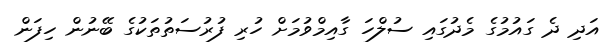
އަދި ދެ ގައުމުގެ މެދުގައި ސުލްހަ ގާއިމްވުމަށް ހުރި ފުރުސަތުތަކުގެ ބޭނުން ހިފަން